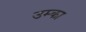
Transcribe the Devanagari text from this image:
उम्का